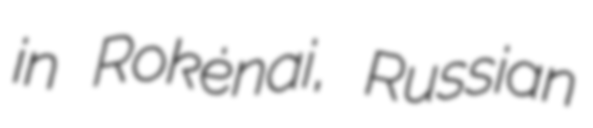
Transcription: in Rokėnai, Russian